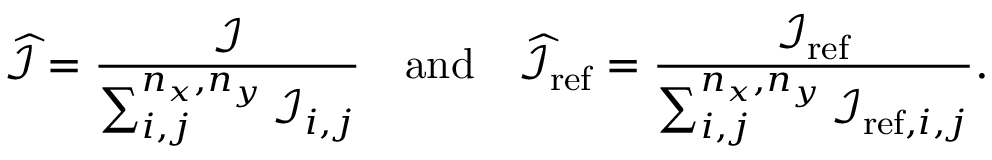
\widehat { \mathcal { I } } = \frac { \mathcal { I } } { \sum _ { i , j } ^ { n _ { x } , n _ { y } } \mathcal { I } _ { i , j } } \quad \mathrm { a n d } \quad \widehat { \mathcal { I } } _ { \mathrm { r e f } } = \frac { \mathcal { I } _ { \mathrm { r e f } } } { \sum _ { i , j } ^ { n _ { x } , n _ { y } } \mathcal { I } _ { \mathrm { r e f } , i , j } } .